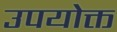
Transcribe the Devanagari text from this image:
उपयोक्त